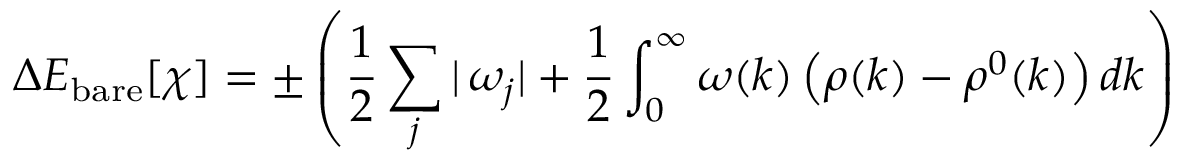
\Delta E _ { \mathrm { b a r e } } [ \chi ] = \pm \left( \frac { 1 } { 2 } \sum _ { j } | \, \omega _ { j } | + \frac { 1 } { 2 } \int _ { 0 } ^ { \infty } \omega ( k ) \left( \rho ( k ) - \rho ^ { 0 } ( k ) \right) d k \right)